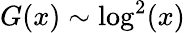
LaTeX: G(x)\sim\log^{2}(x)